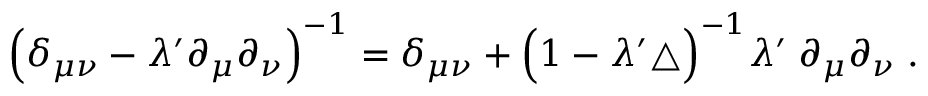
\Big ( \delta _ { \mu \nu } - \lambda ^ { \prime } \partial _ { \mu } \partial _ { \nu } \Big ) ^ { - 1 } = \delta _ { \mu \nu } + \Big ( 1 - \lambda ^ { \prime } \triangle \Big ) ^ { - 1 } \lambda ^ { \prime } \; \partial _ { \mu } \partial _ { \nu } \; .